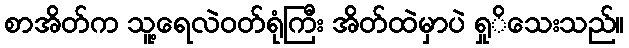
စာအိတ်က သူ့ရေလဲဝတ်ရုံကြီး အိတ်ထဲမှာပဲ ရှုိသေးသည်။